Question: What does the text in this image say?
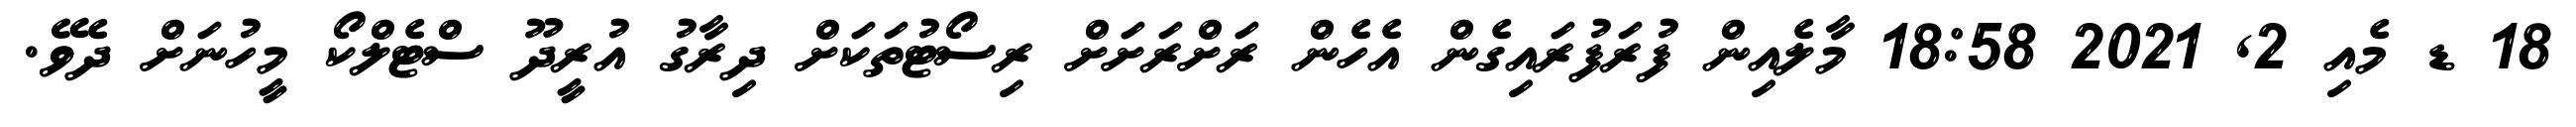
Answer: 18 ޑ މެއި 2, 2021 18:58 މާލެއިން ފުރަފުރައިގެން އެހެން ރަށްރަށަށް ރިސޯޓުތަކަށް ދިރާގު އުރީދޫ ސްޓެލްކޯ މީހުނަށް ދެވޭ.